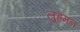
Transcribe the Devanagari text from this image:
लुह्रमन